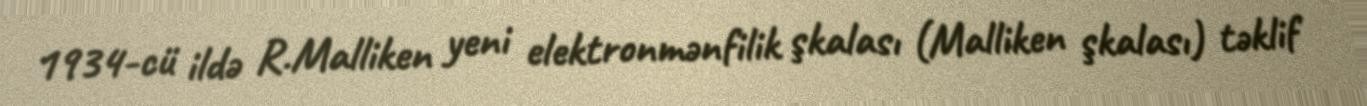
1934-cü ildə R.Malliken yeni elektronmənfilik şkalası (Malliken şkalası) təklif